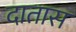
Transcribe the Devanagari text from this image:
दातास